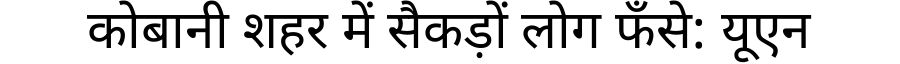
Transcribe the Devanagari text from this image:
कोबानी शहर में सैकड़ों लोग फँसे: यूएन